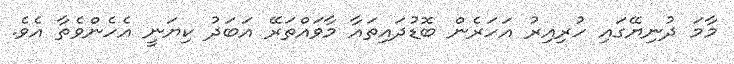
މާމަ ދުނިޔޭގައި ހުރިއިރު އަހަރެން ބޮޑުދައިތައާ މާވައްތަރޭ އަބަދު ކިޔަނީ އެހެންވެތާ އެވެ.